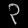
Digit: ၃